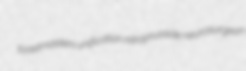
toastmasters unification nitroprusside neurosurgeon